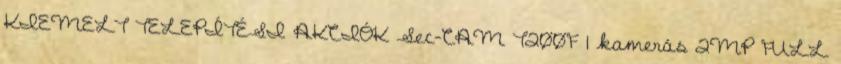
KIEMELT TELEPÍTÉSI AKCIÓK Sec-CAM T200F 1 kamerás 2MP FULL